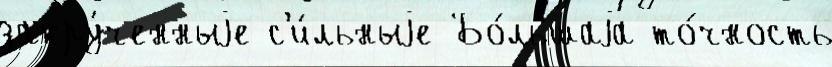
закру́ченныjе с'и́льныjе Бо́льшаjа то́чность